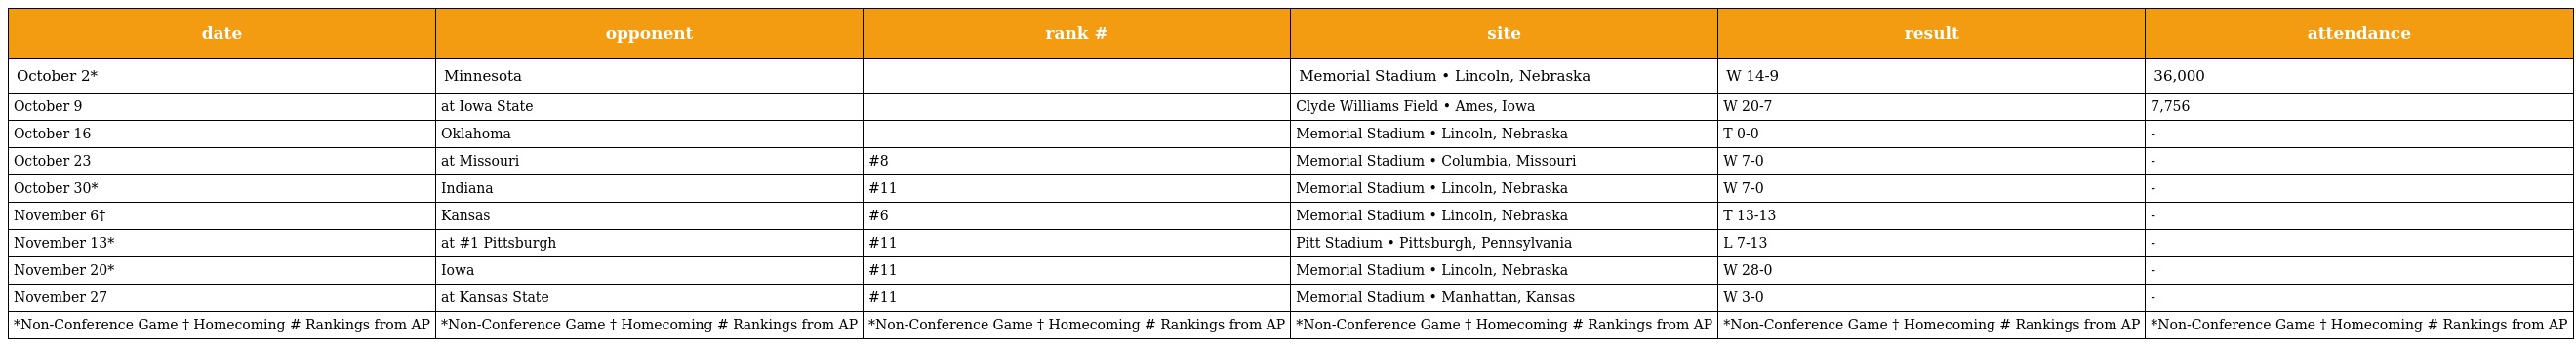
| date | opponent | rank # | site | result | attendance |
 | --- | --- | --- | --- | --- | --- |
 | October 2* | Minnesota |  | Memorial Stadium • Lincoln, Nebraska | W 14-9 | 36,000 |
 | October 9 | at Iowa State |  | Clyde Williams Field • Ames, Iowa | W 20-7 | 7,756 |
 | October 16 | Oklahoma |  | Memorial Stadium • Lincoln, Nebraska | T 0-0 | - |
 | October 23 | at Missouri | #8 | Memorial Stadium • Columbia, Missouri | W 7-0 | - |
 | October 30* | Indiana | #11 | Memorial Stadium • Lincoln, Nebraska | W 7-0 | - |
 | November 6† | Kansas | #6 | Memorial Stadium • Lincoln, Nebraska | T 13-13 | - |
 | November 13* | at #1 Pittsburgh | #11 | Pitt Stadium • Pittsburgh, Pennsylvania | L 7-13 | - |
 | November 20* | Iowa | #11 | Memorial Stadium • Lincoln, Nebraska | W 28-0 | - |
 | November 27 | at Kansas State | #11 | Memorial Stadium • Manhattan, Kansas | W 3-0 | - |
 | *Non-Conference Game † Homecoming # Rankings from AP | *Non-Conference Game † Homecoming # Rankings from AP | *Non-Conference Game † Homecoming # Rankings from AP | *Non-Conference Game † Homecoming # Rankings from AP | *Non-Conference Game † Homecoming # Rankings from AP | *Non-Conference Game † Homecoming # Rankings from AP |